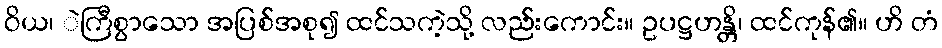
ဝိယ၊ ဲကြီစွာသော အပြစ်အစု၍ ထင်သကဲ့သို့ လည်းကောင်း။ ဥပဋ္ဌဟန္တိ၊ ထင်ကုန်၏။ ဟိ တံ